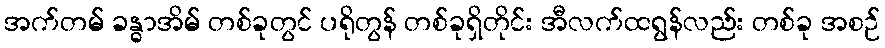
အက်တမ် ခန္ဓာအိမ် တစ်ခုတွင် ပရိုတွန် တစ်ခုရှိတိုင်း အီလက်ထရွန်လည်း တစ်ခု အစဉ်